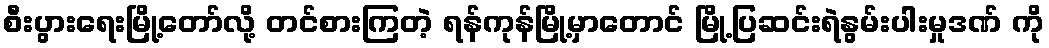
စီးပွားရေးမြို့တော်လို့ တင်စားကြတဲ့ ရန်ကုန်မြို့မှာတောင် မြို့ပြဆင်းရဲနွမ်းပါးမှုဒဏ် ကို